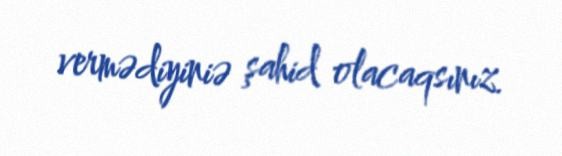
vermədiyiniə şahid olacaqsınız.